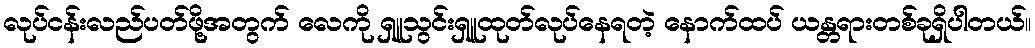
လုပ်ငန်းလည်ပတ်ဖို့အတွက် လေကို ရှူသွင်းရှူထုတ်လုပ်နေရတဲ့ နောက်ထပ် ယန္တရားတစ်ခုရှိပါတယ်။